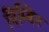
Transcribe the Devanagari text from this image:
निम्बिन